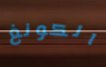
الكونغ